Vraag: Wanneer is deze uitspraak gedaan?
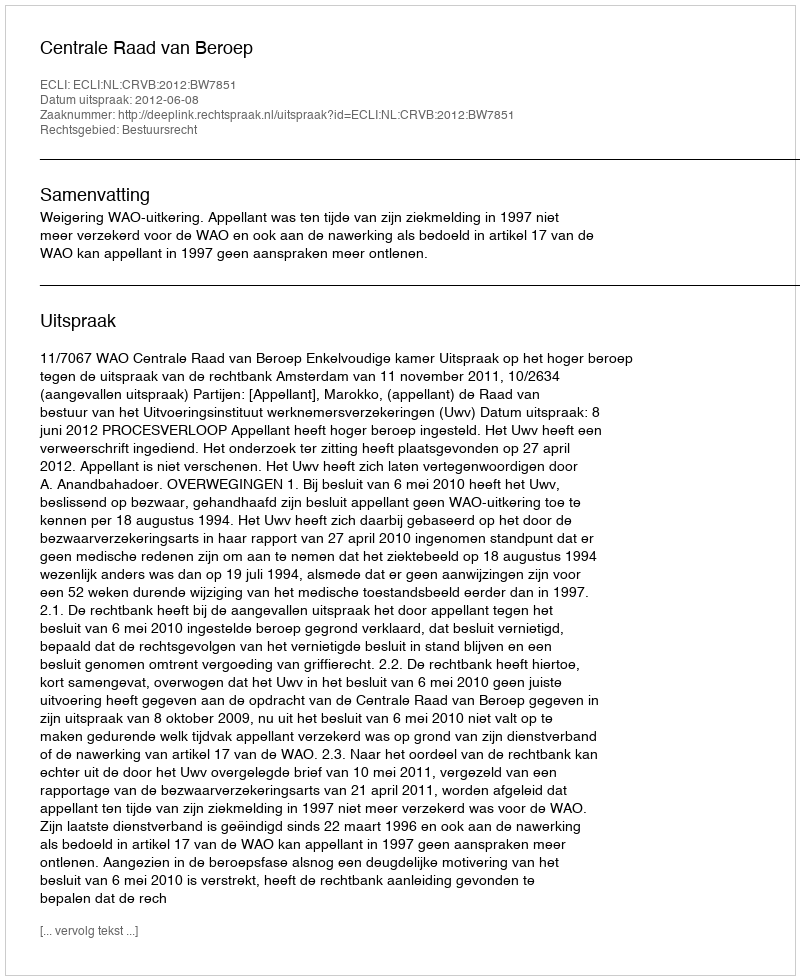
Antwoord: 2012-06-08